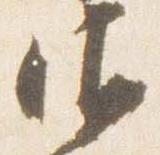
御